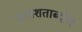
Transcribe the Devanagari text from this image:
जन्मशताब्दीचे